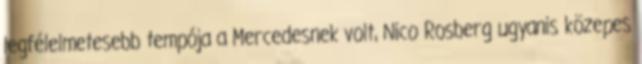
legfélelmetesebb tempója a Mercedesnek volt, Nico Rosberg ugyanis közepes